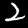
Digit: 2